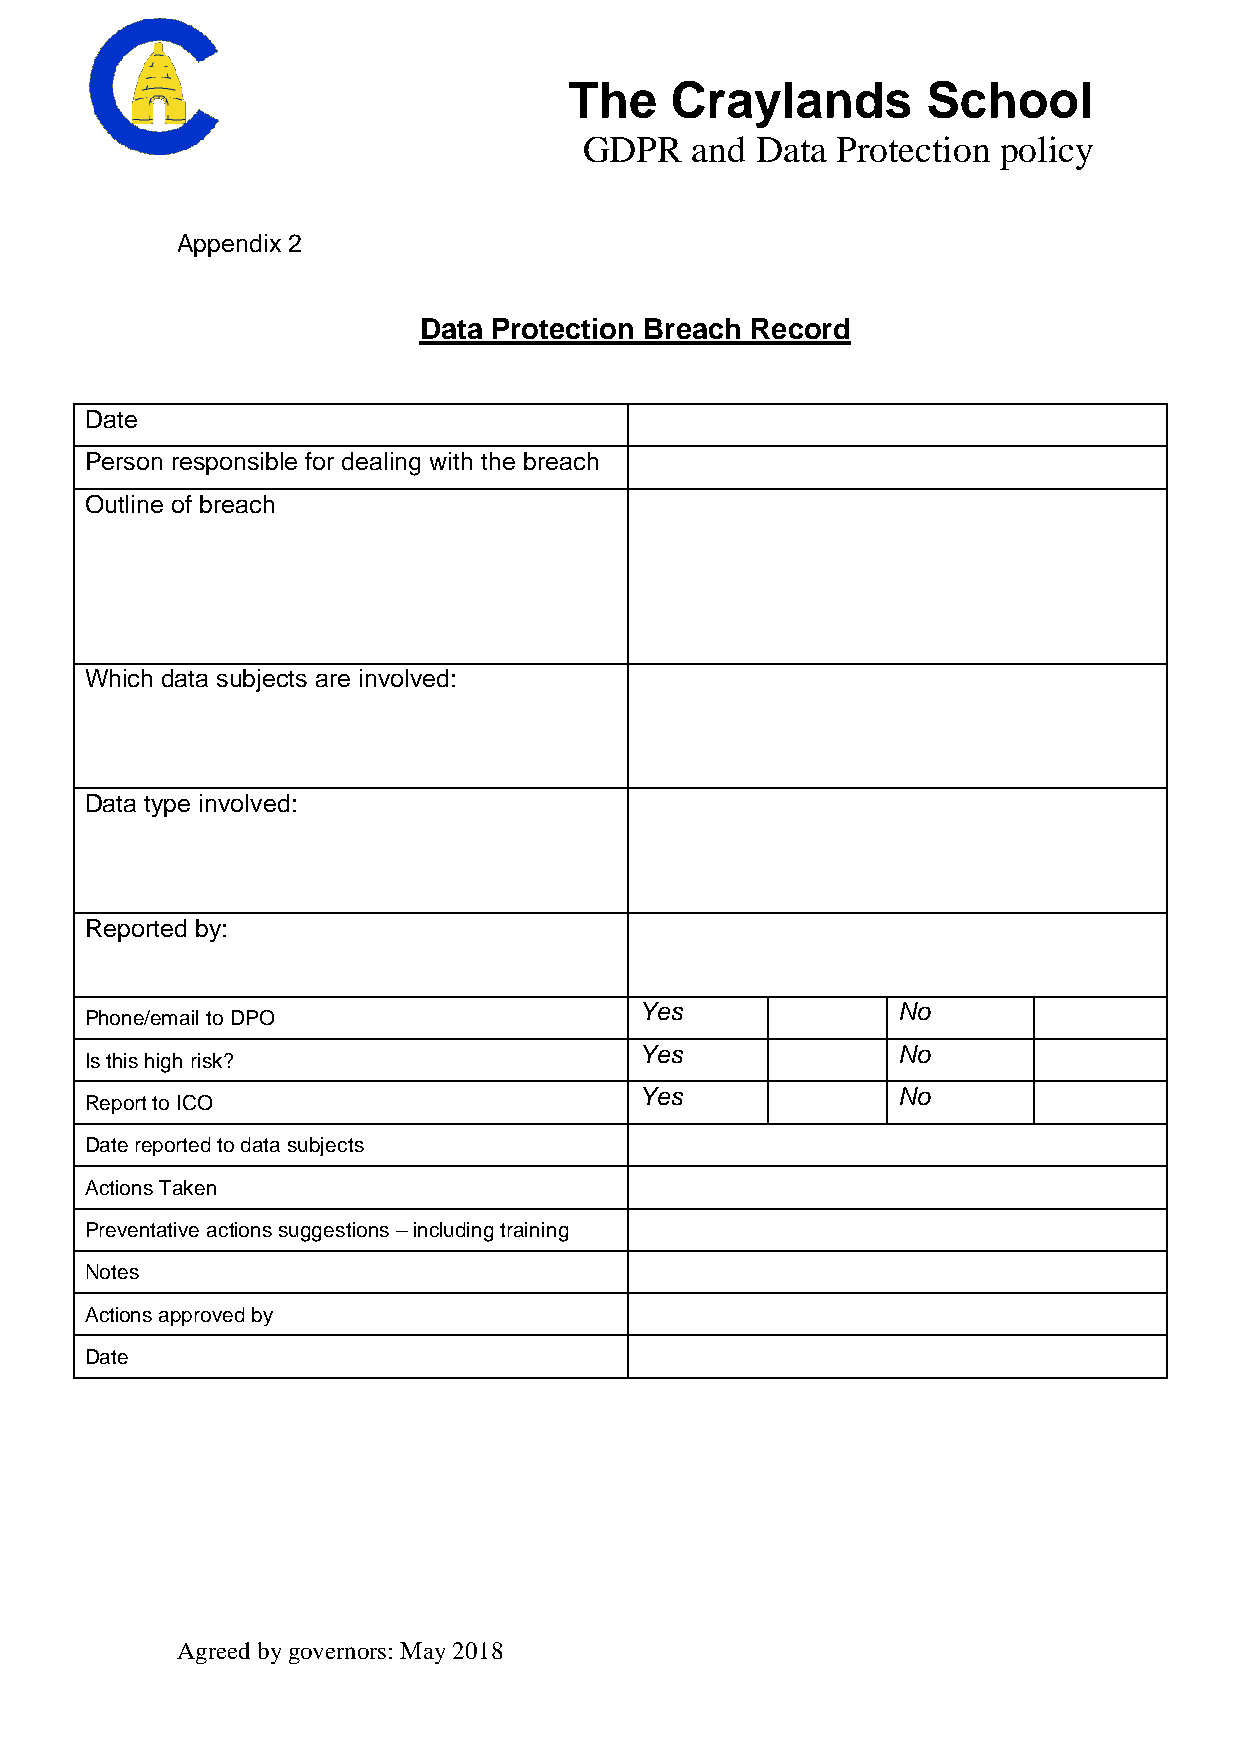
The   Craylands        School
 GDPR   and Data Protection policy
 Appendix 2
 Data Protection Breach Record
 Date
 Person responsible for dealing with the breach
 Outline of breach
 Which data subjects are involved:
 Data type involved:
 Reported by:
 Yes              No
 Phone/email to DPO
 Yes              No
 Is this high risk?
 Yes              No
 Report to ICO
 Date reported to data subjects
 Actions Taken
 Preventative actions suggestions – including training
 Notes
 Actions approved by
 Date
 Agreed by governors: May 2018